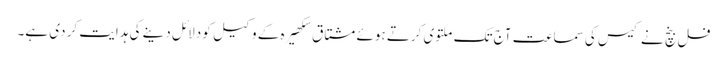
فل بنچ نے کیس کی سماعت آج تک ملتوی کرتے ہوئے مشتاق سکھیرہ کے وکیل کو دلائل دینے کی ہدایت کر دی ہے۔